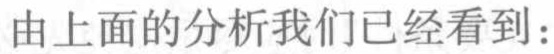
由上面的分析我们已经看到：